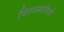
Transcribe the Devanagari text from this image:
विश्व्मारियों